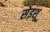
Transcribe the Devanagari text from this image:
सेइशू